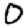
Digit: 0